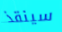
سينقذ